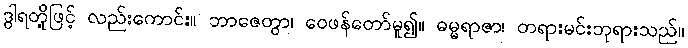
ဒွါရတို့ဖြင့် လည်းကောင်း။ ဘာဇေတွာ၊ ဝေဖန်တော်မူ၍။ ဓမ္မရာဇာ၊ တရားမင်းဘုရားသည်။